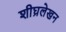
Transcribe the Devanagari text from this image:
शीघ्रलेखन